Leaving Certificate Examination, 1905
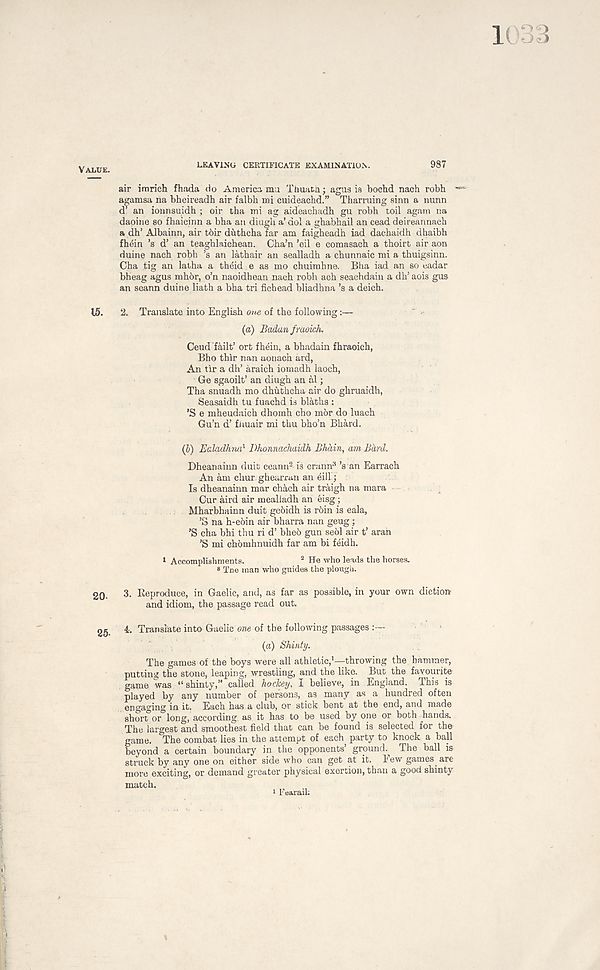
Value.
LEAVING CERTIFICATE EXAMINATION.
987
air inorich fhada do America ma Ttmatu; agus is bocM nach robh
agamsa na bheireadh air falbh mi Cuideachd.” Tharruing sinn a nunn
d’ an ionnsuidh ; oir tha mi ag aideachadb gu robh toil agam na
dapine so fhaicinn a bha an diugh a’ dol a ghabhail an cead deireannach
a dh’ Albainn, air t6ir duthcha far am faigheadh iad dachaidh dhaibh
fhein ’s d’ an teaghlaichean. Cha’n ’eil e comasach a thoirt air aon
duine nach robh ’s an lathair an sealladh a chunnaic mi a thuigsinn.
Cha fig an latha a thdid e as mo chuimhne. Bha iad an so eadar
bheag agus mh6r, o’n naoidhean nach robh ach seachdain a dh’ aois gus
an seann duine Hath a bha tri fichead bliadhna’s a deich.
15. 2. Translate into English me of the following:—
(a) Badan fraoich.
Ceud fhilt’ ort fhein, a bhadain fhraoich,
Bho thir nan aonach ard,
An tir a dh’ araich iomadh laoch,
Ge sgaoilt’ an diugh an al;
Tha snuadh mo dhuthcha air do ghruaidh,
Seasaidh tu fuachd is blaths :
’S e mheudaich dhomh cho m6r do luach
Gu’n d’ fiiuair mi thu bho’n Bhard.
(5) Ealadhna 1 Dhonnachaidh Bhhin, am Bard.
Dheanainn duit ceann 2 is crann 3 ’s an Earrach
An am chur ghearran an eill;
Is dheanainn mar chach air traigh na mara
Cur aird air mealiadh an eisg;
Mharbhainn duit gebidh is rbin is eala,
’S na h-e6in air bharra nan geug;
’S cha bhi thu ri d’ bheb gun seol air t’ arah
’S mi chbmhnuidh far am bi feidh.
1 Accomplishments.
2 He who leads the horses.
8 Tne man who guides the plough.
20. 3. Reproduce, in Gaelic, and, as far as possible, in your own diction
and idiom, the passage read out.
25. 4. Translate into Gaelic one of the following passages
(a) Shinty.
The games of the boys were all athletic, 1 —throwing the hammer,
putting the stone, leaping, wrestling, and the like. But the favourite
game was “shinty,” called hockey, I believe, in England. This is
played by any number of persons, as many as a hundred often
engaging in it. Each has a club, or stick bent at the end, and made
shor °or° long, according, as it has to be used by one or both Hands.
The largest and smoothest field that can be found is selected for the
game. The combat lies in the attempt of each party to knock a ball
beyond a certain boundary in the opponents’ ground.^ The ball is
struck by any one on either side who can get at it. Few games are
more exciting, or demand greater physical exertion, than a good shinty
match.
Fearail;